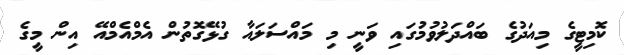
ކޮމިޓީގެ މިއަދުގެ ބައްދަލުވުމުގައި ވަނީ މި މައްސަލައާ ގުޅޭގޮތުން އެމްއެމްއޭ އިން މީގެ